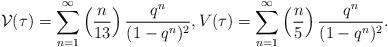
LaTeX: \begin{align*} \mathcal{V}(\tau) = \sum_{n=1}^{\infty} \left ( \frac{n}{13} \right) \frac{q^{n}}{(1 - q^{n})^{2}}, V(\tau) = \sum_{n=1}^{\infty} \left ( \frac{n}{5} \right) \frac{q^{n}}{(1 - q^{n})^{2}}.\end{align*}